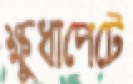
ক্ষুধাপেটে